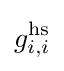
g_{i,i}^{\text{hs}}